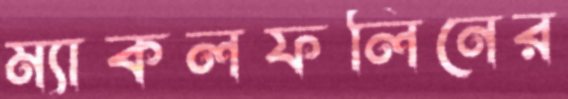
ম্যাকলফলিনের